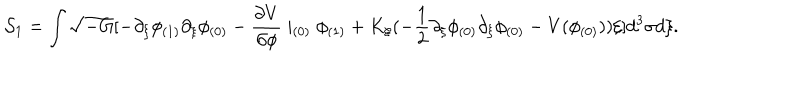
{ \cal S } _ { 1 } = \int \sqrt { - G } [ - \partial _ { \xi } \phi _ { ( 1 ) } \partial _ { \xi } \phi _ { ( 0 ) } - \frac { \partial V } { \partial \phi } \mid _ { ( 0 ) } \phi _ { ( 1 ) } + K _ { \xi } ( - \frac { 1 } { 2 } \partial _ { \xi } \phi _ { ( 0 ) } \partial _ { \xi } \phi _ { ( 0 ) } - V ( \phi _ { ( 0 ) } ) ) \xi ] d ^ { 3 } \sigma d \xi .